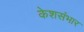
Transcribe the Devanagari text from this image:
केशसंभार